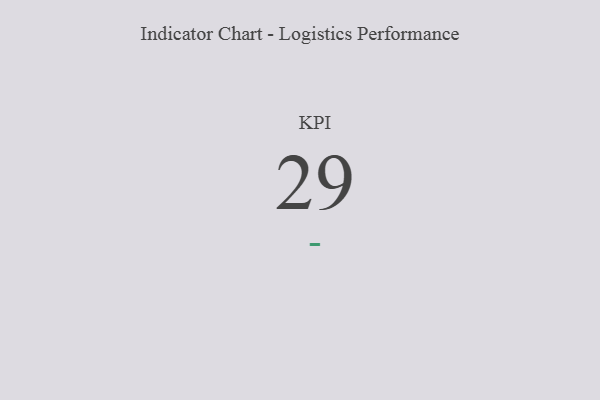
{"axis": {"x": "KPI", "y": "Value"}, "legend": [""], "data": [{"x": "KPI", "y": 29, "type": ""}]}